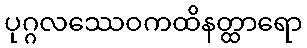
ပုဂ္ဂလဿေဝကထိနတ္ထာရော